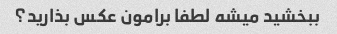
ببخشید میشه لطفا برامون عکس بذارید؟